Assam Mental Hospital (Tezpur, India) - 1933-1948
Year: 1933
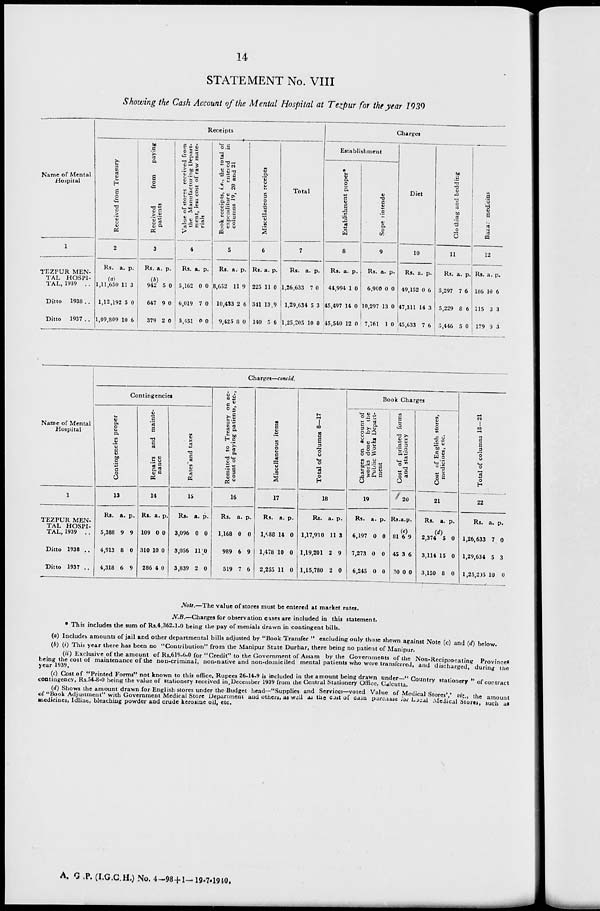
14
STATEMENT No. VIII
Showing the Cash Account of the Mental Hospital at Tezpur for the year 1939
Same of Mental
Hospital
1
TEZPUR MEN-
TAL HOSPI-
TAL, 1939 ..
Ditto
1938 ..
Ditto
1937 ..
Receipts
Received from Treasury
2
Rs.
a. p.
(a)
1,11,650
1,12,192
1,09,809
11
5
10
3
0
6
Received
from
paying
patients
3
Rs. a. p.
(b)
942
647
379
5
9
2
0
0
0
Value of stores received from
the Manufacturing Depart-
ment, less cost of raw mate-
rials
4
Rs. a. p.
5,162
6,019
5,451
0
7
0
0
0
0
Book receipts, i.e., the total of
expenditure
entered
in
columns 19, 20 and 21
_
5
Rs.
a.
p.
8,652
10,433
9,425
11
2
8
9
6
0
Miscellaneous receipts
6
Rs. a. p.
225
341
140
11
13
5
0
9
6
Total
7
Rs.
a. p.
1,26,633
1,29,634
1,25,205
7
5
10
0
3
0
Charges
Establishment
Establishment proper*
8
Rs. a. p.
44,994
45,497
45,540
1
14
12
0
0
0
Superintende
9
Rs. a. p.
6,900
10,297
7,761
0
13
1
0
0
0
Diet
10
Rs. a. p.
49,152
47,311
45,633
0
14
7
6
3
6
Clothing and bedding
11
Rs. a. p.
5,297
5,229
5,446
7
8
5
6
6
0
Bazar medicins
12
Rs. a. p.
186
115
179
10
3
9
6
3
3
Name of Mental
Hospital
1
TEZPUR MEN-
TAL HOSPI-
TAL, 1939 ..
Ditto 1938 ..
Ditto 1937 ..
Charges—concld.
Contingencies
Contingencies proper
13
Rs.
5,388
4,913
4,318
a.
9
8
6
p.
9
0
9
Repairs and mainte-
nance
14
Rs.
109
310
286
a.
0
10
4
p.
0
0
0
Rates
and taxes
15
Rs.
3,096
3,056
3,839
a.
0
11
2
p.
0
0
0
Remitted to Treasury on ac-
count of paying patients, etc.,
16
Rs.
1,168
989
519
a.
0
6
7
p.
0
9
6
Miscellaneous items
17
Rs.
1,688
1,478
2,255
a.
14
10
11
p.
0
0
0
Total of columns 8—17
18
Rs.
1,17,930
1,19,201
1,15,780
a.
11
2
2
p.
3
9
0
Book Charges
Charges on account of
works done by the
Public
Works Depart-
ment
19
Rs.
6,197
7,273
6,245
a.
0
0
0
p.
0
0
0
Cost of printed forms
and stationery
20
Rs.
81
45
30
a.
(c)
6
3
0
p.
9
6
0
Cost of English stores,
medicines, etc.
21
Rs.
(d)
2,374
3,114
3,150
a.
5
15
8
p.
0
0
0
Total of columns 18—21
22
Rs.
1,26,633
1,29,634
1,25,205
a.
7
5
10
p.
0
3
0
Note.—The value of stores must be entered at market rates.
N.B.—Charges for observation cases are included in this statement.
* This includes the sum of Rs.4,362-1-0 being the pay of menials drawn in contingent bills.
(a) Includes amounts of jail and other departmental bills adjusted by "Book Transfer " excluding only those shewn against Note (c) and (d) below.
(b) (i) This year there has been no "Contribution" from the Manipur State Durbar, there being no patient of Manipur.
(ii) Exclusive of the amount of Rs.619-6-0 for "Credit" to the Government of Assam by the Governments of the Non-Reciprocating Provinces
being the cost of maintenance of the non-criminal, non-native and non-domiciled mental patients who were transferred, and discharged, during the
year 1939.
(c) Cost of "Printed Forms" not known to this office. Rupees 26-14-9 is included in the amount being drawn under—" Country stationery " of cortract
contingency, Rs.54-8-0 being the value of stationery received in December 1939 from the Central Stationery Office, Calcutta.
(d) Shows the amount drawn for English stores under the Budget head—"Supplies and Services—voted Value of Medical Stores',' viz., the amount
of "Book Adjustment" with Government Medical Store Department and others, as well as the cost of cash purchase for Lacal Medical Stores, such as
medicines, Idline, bleaching powder and crude kerosine oil, etc.
A. G .P. (I.G.C.H.) No. 4-98 + 1—19-7-1940.